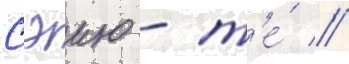
Сэию - т'е́ //